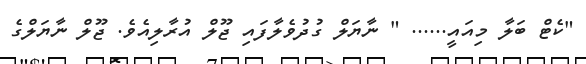
"ކެޓް ބަލާ މިއައީ...... " ނާޔަލް ގުދުވެލާފައި ޖޫލް އުރާލިއެވެ. ޖޫލް ނާޔަލްގެ